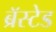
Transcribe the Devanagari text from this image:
ब्रॅस्टेड